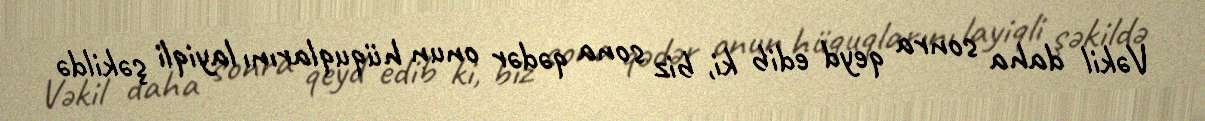
Vəkil daha sonra qeyd edib ki, biz sona qədər onun hüquqlarını layiqli şəkildə